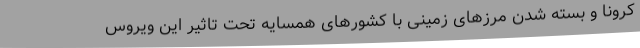
کرونا و بسته شدن مرزهای زمینی با کشورهای همسایه تحت تاثیر این ویروس